Lunatic asylums Central Provinces reports 1895-1909 - 1895-1909
Year: 1895
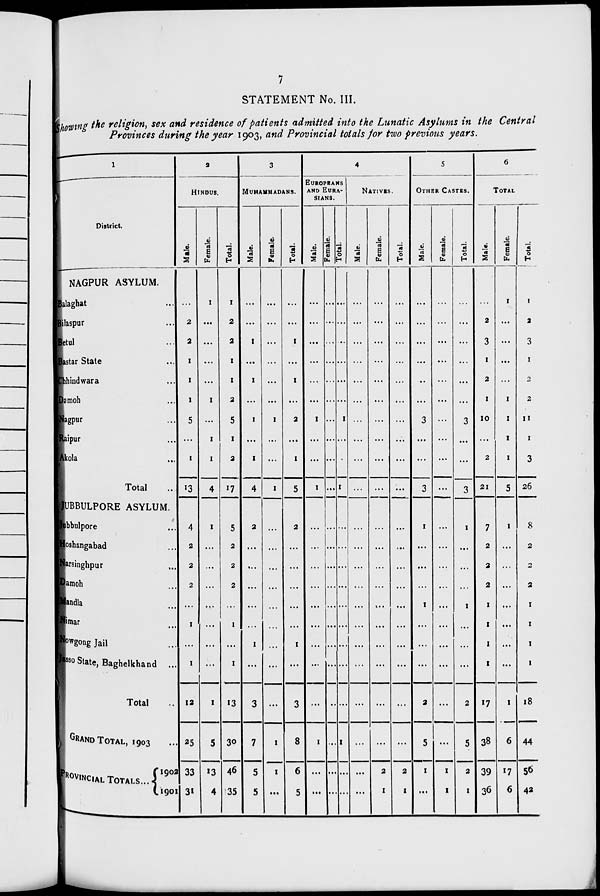
7
STATEMENT No. III.
Showing the religion, sex and residence of patients admitted into the Lunatic Asylums in the Central
Provinces during the year 1903, and Provincial totals for two previous years.
1
District.
NAGPUR ASYLUM.
Balaghat ...
Bilaspur ...
Betul ...
Bastar State ...
Chhindwara ...
Damoh ...
Nagpur ...
Raipur ...
Akola ...
Total ...
JUBBULPORE ASYLUM.
Jubbulpore ...
Hoshangabad ...
Narsinghpur ...
Damoh ...
Mandla
...
Nimar
...
Nowgong Jail ...
Jasso State, Baghelkhand ...
Total ...
GRAND TOTAL , 1903 ...
PROVINCIAL TOTAL ...
1902
1901
2
HINDUS.
Male.
...
2
2
1
1
1
5
...
1
13
4
2
2
2
...
1
...
1
12
25
33
31
Female.
1
...
...
...
...
1
...
1
1
4
1
...
...
...
...
...
...
...
1
5
13
4
Total.
1
2
2
1
1
2
5
1
2
17
5
2
2
2
...
1
...
1
13
30
46
35
3
MUHAMMADANS.
Male.
...
...
1
...
1
...
1
...
1
4
2
...
...
...
...
...
1
...
3
7
5
5
Female.
...
...
...
...
...
...
1
...
...
1
...
...
...
...
...
...
...
...
...
1
1
...
Total.
...
...
1
...
1
...
2
...
1
5
2
...
...
...
...
...
1
...
3
8
6
5
4
EUROPEANS
AND EURA-
-----.
Male.
...
...
...
...
...
...
1
...
...
1
...
...
...
...
...
...
...
...
...
1
...
...
Female.
...
...
...
...
...
...
...
...
...
...
...
...
...
...
...
...
...
...
...
...
...
...
Total.
...
...
...
...
...
...
1
...
...
1
...
...
...
...
...
...
...
...
...
1
...
...
NATIVES.
Male.
...
...
...
...
...
...
...
...
...
...
...
...
...
...
...
...
...
...
...
...
...
...
Female.
...
...
...
...
...
...
...
...
...
...
...
...
...
...
...
...
...
...
...
...
2
1
Total.
...
...
...
...
...
...
...
...
...
...
...
...
...
...
...
...
...
...
...
...
2
1
5
OTHER CASTES.
Male.
...
...
...
...
...
...
3
...
...
3
1
...
...
...
1
...
...
...
2
5
1
...
Female.
...
...
...
...
...
...
...
...
...
...
...
...
...
...
...
...
...
...
...
...
1
1
Total.
...
...
...
...
...
...
3
...
...
3
1
...
...
...
1
...
...
...
2
5
2
1
6
TOTAL
Male.
...
2
3
1
2
1
10
...
2
21
7
2
2
2
1
1
1
1
17
38
39
36
Female.
1
...
...
...
...
1
1
1
1
5
1
...
...
...
...
...
...
...
1
6
17
6
Total.
1
2
3
1
2
2
11
1
3
26
8
2
2
2
1
1
1
1
18
44
56
42